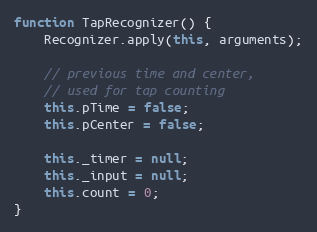
Language: JavaScript
function TapRecognizer() {
    Recognizer.apply(this, arguments);

    // previous time and center,
    // used for tap counting
    this.pTime = false;
    this.pCenter = false;

    this._timer = null;
    this._input = null;
    this.count = 0;
}